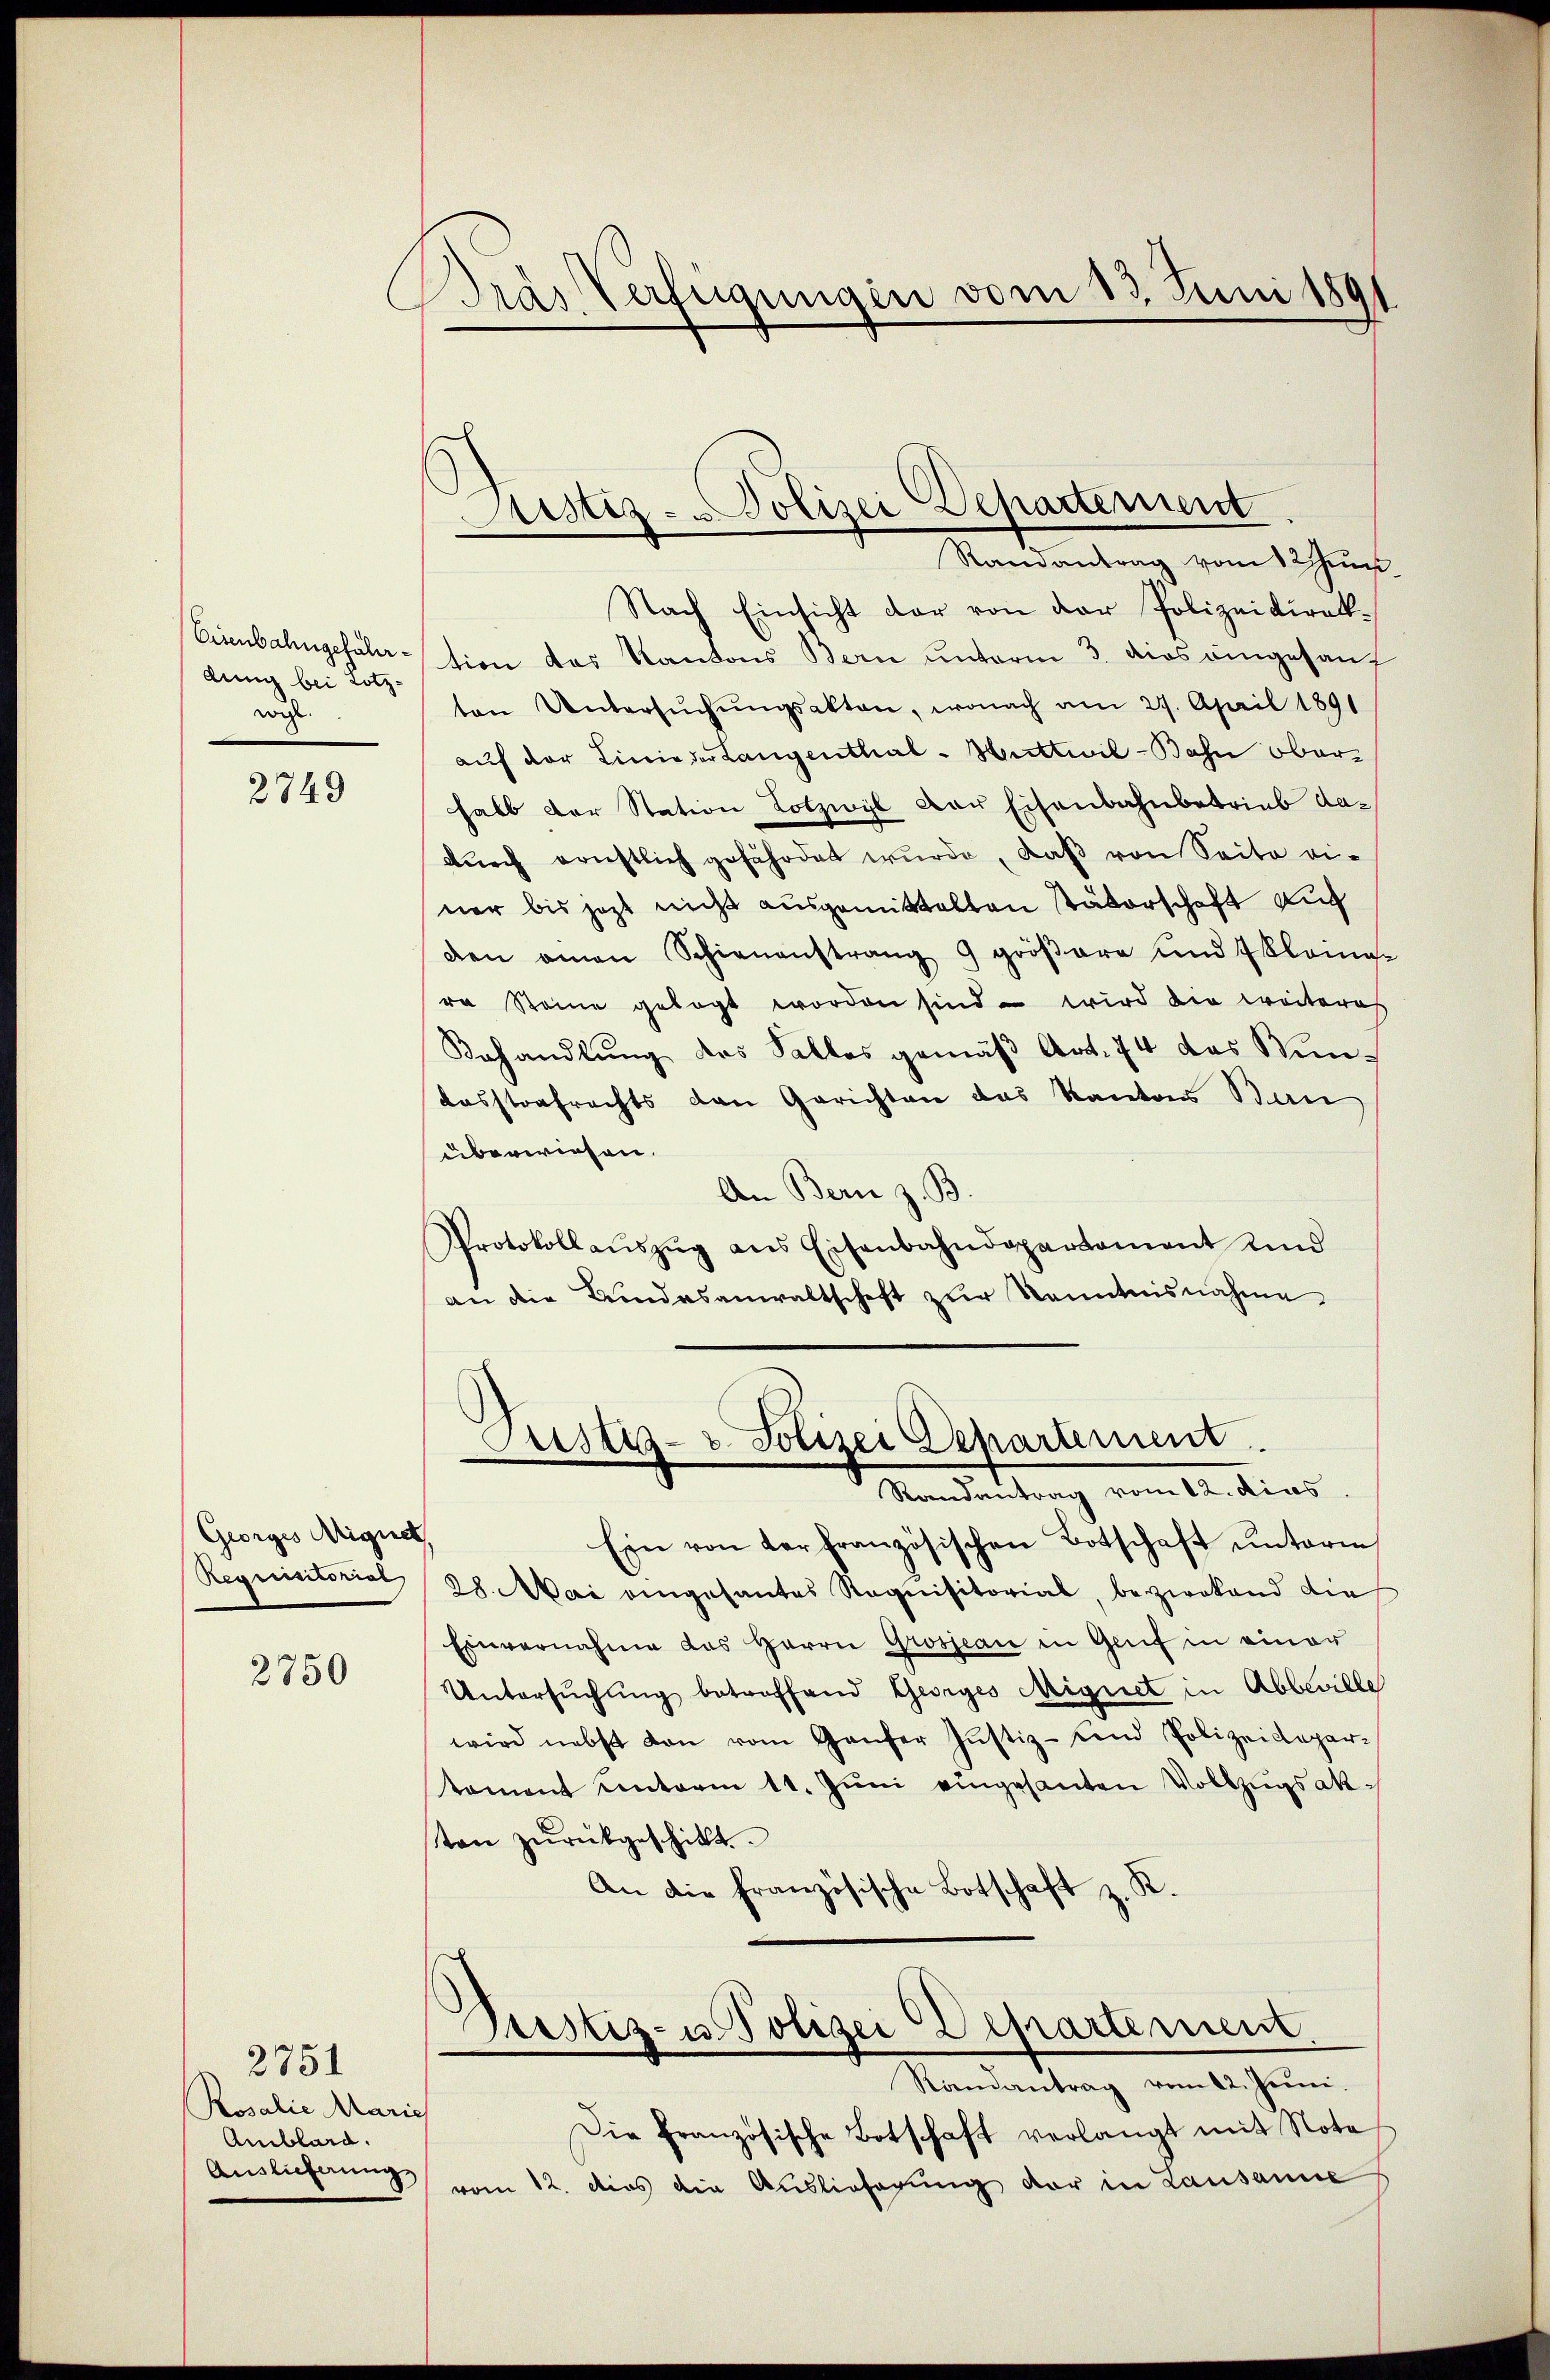
Eisenbahngeführdung bei Lotzwohl.

2749

Georges Aignet,
Regruntorial

2750

Rosalie Maris
Amblard.

2751

Bras Verfügungen vom 13. Juni 189

Ramantrag vom 12 un
Nach Einsicht dar von der Polizeidirektion des Kantons Bern unterm 3. dies eingesang
ten Untersŭchŭngsakten, wonach am 27. April 1891
auf der Linieder Langenthal - Huttwil-Bahn Oberhalb der Station Lotzwyl der Eisenbahnbetrieb dadŭrch ernstlich gefährdet wŭrde, daβ von Seite ei-
ner bis jetzt nicht ausgemittelten Väterschaft auf
den amen Schienanstrang 9 gröβere und 7 Kleinge
ra Steine gelegt worden sind – wird die weiteres
Behandlung des Salles gemäß Art. 74 das Windesstrafrechts den Gerichten das Kantons Ban
überwiesen.
An Bern z. B.
Protokollaŭszŭg ans Eisenbahndepartament und
an die Bundesanwaltschaft zur Kenntnisnahme
Justiz- & Polizei Departement
Randantrag vom 12. dieas
Ein von der französischen Botschaft ŭnterm
28. Mai eingesantes Requisitorial, bezwakand die
Einvernahme das Herrn Grosseau in Genf in einer
Untersŭchŭng betreffend Georges Mignet in Abbeville
wird nebst von vom Ganzer Justiz-Land Polizeidepartament unterm 11. Jŭni eingesanten Vollzugsakten zŭrückgeschickt.
An die französische Botschaft z. R.
Justiz- u. Polizei Departement.
Randantrag vom 12. Juni.
Die französische Botschaft verlangt mit Note
Auslieferung vom 12. dies die Auslieferung der in Lausanne

Justiz - Polizei Departement